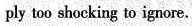
ply too shocking to ignore.